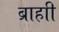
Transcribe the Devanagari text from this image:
ब्राहाी